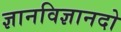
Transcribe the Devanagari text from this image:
ज्ञानविज्ञानदो